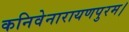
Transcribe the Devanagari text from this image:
कनिवेनारायणपुरम।